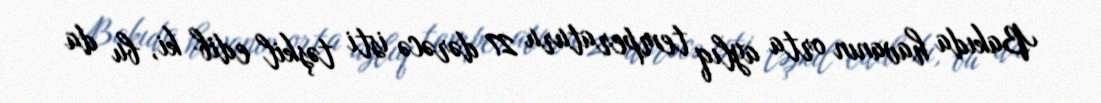
Bakıda havanın orta aylıq temperaturu 27 dərəcə isti təşkil edib ki, bu da